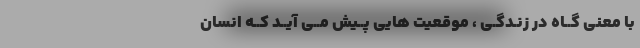
با معنی گــاه در زنـدگـی ، موقعیت هایی پــیش مــی آیــد کــه انسان